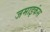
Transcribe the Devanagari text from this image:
जमाइकंस